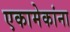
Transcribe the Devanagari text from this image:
एकामेकांना